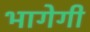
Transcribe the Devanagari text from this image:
भागेगी